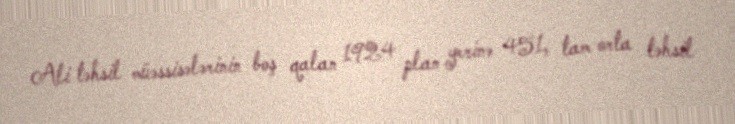
Ali təhsil müəssisələrinin boş qalan 1924 plan yerinə 451, tam orta təhsil